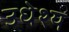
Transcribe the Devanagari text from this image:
उधेश्य